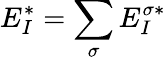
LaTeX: E_{I}^{*}=\sum_{\sigma}E_{I}^{\sigma*}